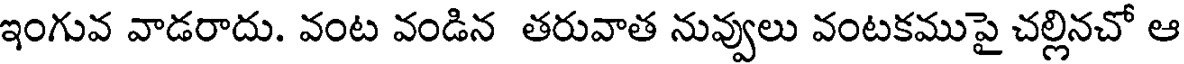
ఇంగువ వాడరాదు. వంట వండిన తరువాత నువ్వులు వంటకముపై చల్లినచో ఆ